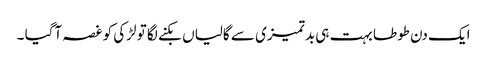
ایک دن طوطا بہت ہی بدتمیزی سے گالیاں بکنے لگا تو لڑکی کو غصہ آگیا ۔